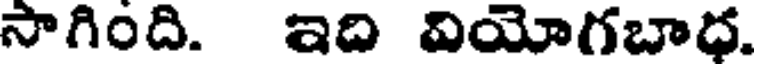
సాగింది. ఇది వియోగబాధ.